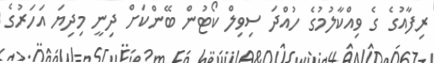
ރިފާއުގެ ގެ ވިއްކާލުމުގެ ހުއްދަ ސިވިލް ކޯޓުން ބޭންކަށް ދިނީ މިދިޔަ އަހަރުގެ